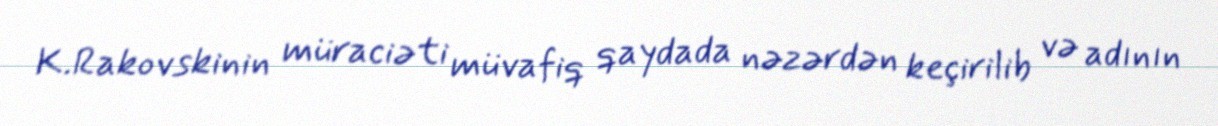
K.Rakovskinin müraciəti müvafiq qaydada nəzərdən keçirilib və adının